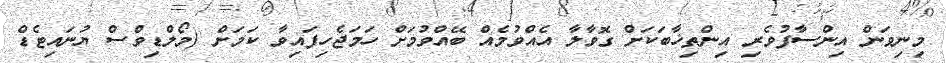
މިނިވަން އިންސާފުވެރި އިންތިޚާބަކަށް ގޮވާލާ އެއްވުމެއް ބޭއްވުމަށް ހަމަޖެހިފައިވާ ކަމަށް (މޯލްޑިވްސް ޔުނައިޓެޑް